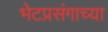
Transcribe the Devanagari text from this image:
भेटप्रसंगाच्या